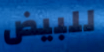
للبيض